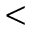
<